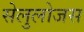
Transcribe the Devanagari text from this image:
सेलुलोजस